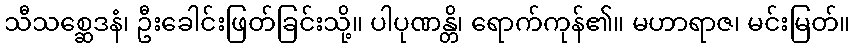
သီသစ္ဆေဒနံ၊ ဦးခေါင်းဖြတ်ခြင်းသို့။ ပါပုဏန္တိ၊ ရောက်ကုန်၏။ မဟာရာဇ၊ မင်းမြတ်။